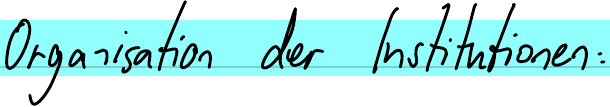
Organisation der Institutionen: